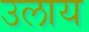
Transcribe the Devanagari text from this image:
उलाय